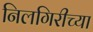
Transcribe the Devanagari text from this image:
निलगिरीच्‍या